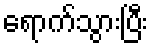
ရောက်သွားပြီး